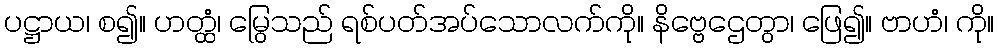
ပဋ္ဌာယ၊ စ၍။ ဟတ္ထံ၊ မြွေသည် ရစ်ပတ်အပ်သောလက်ကို။ နိဗ္ဗေဌေတွာ၊ ဖြေ၍။ ဗာဟံ၊ ကို။